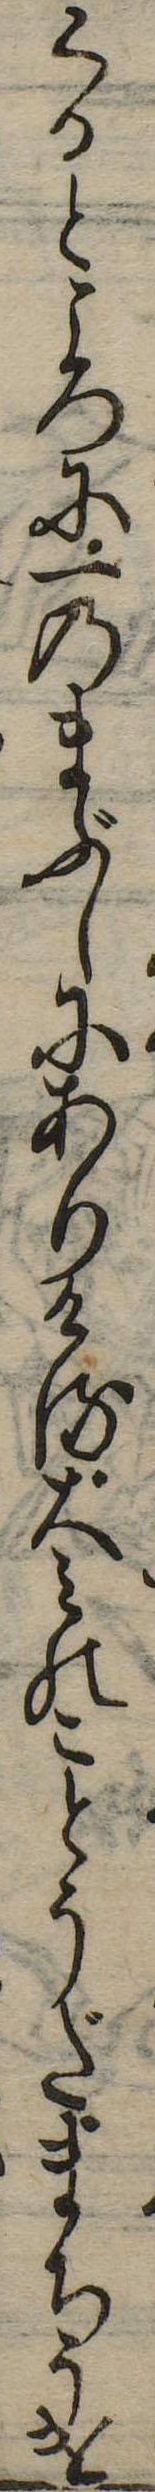
くるところに一のまぶしにありける大みのことうだまちうけ